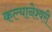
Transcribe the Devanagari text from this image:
कल्यानेश्वरी